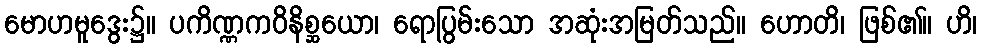
မောဟမူဒွေး၌။ ပကိဏ္ဏကဝိနိစ္ဆယော၊ ရောပြွမ်းသော အဆုံးအမြတ်သည်။ ဟောတိ၊ ဖြစ်၏။ ဟိ၊